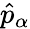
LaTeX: \hat{p}_{\alpha}